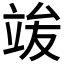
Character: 𱷦